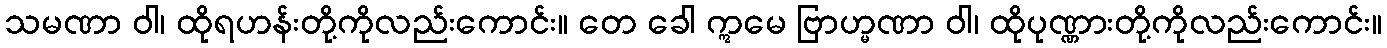
သမဏာ ဝါ၊ ထိုရဟန်းတို့ကိုလည်းကောင်း။ တေ ခေါ ဣမေ ဗြာဟ္မဏာ ဝါ၊ ထိုပုဏ္ဏားတို့ကိုလည်းကောင်း။